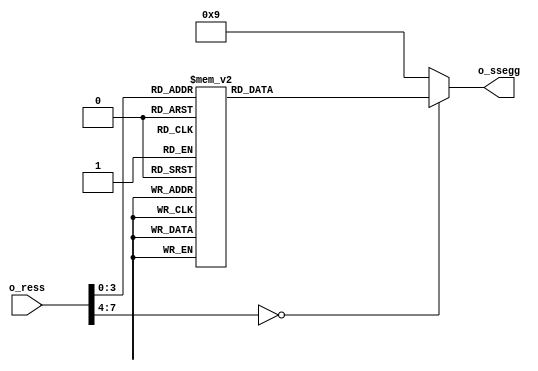
`timescale 1ns / 1ps
//////////////////////////////////////////////////////////////////////////////////
// Company: 
// Engineer: 
// 
// Design Name: 
// Module Name:    seg 
// Project Name: 
// Target Devices: 
// Tool versions: 
// Description: 
//
// Dependencies: 
//
// Revision: 
// Revision 0.01 - File Created
// Additional Comments: 
//
//////////////////////////////////////////////////////////////////////////////////
module seg#
	(
	parameter N=7
	)
	(
	input signed [N:0] o_ress,
	output reg [6:0] o_ssegg
    );
	
	always @(o_ress)
	begin
		case(o_ress)
				 8'b00000000: o_ssegg <= 7'b1000000; //0
				 8'b00000001: o_ssegg <= 7'b1111001; //1
				 8'b00000010: o_ssegg <= 7'b0100100; //2
				 8'b00000011: o_ssegg <= 7'b0110000; //3
				 8'b00000100: o_ssegg <= 7'b0011001; //4
				 8'b00000101: o_ssegg <= 7'b0010010; //5
				 8'b00000110: o_ssegg <= 7'b0000010; //6
				 8'b00000111: o_ssegg <= 7'b1111000; //7
				 8'b00001000: o_ssegg <= 7'b0000000; //8
				 8'b00001001: o_ssegg <= 7'b0010000; //9
				 default:  o_ssegg <= 7'b0001001; //H
		endcase
	end
endmodule